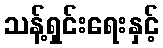
သန့်ရှင်းရေးနှင့်